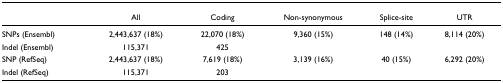
<table><thead><tr><td></td><td><b>All</b></td><td><b>Coding</b></td><td><b>Non-synonymous</b></td><td><b>Splice-site</b></td><td><b>UTR</b></td></tr></thead><tbody><tr><td>SNPs (Ensembl)</td><td>2,443,637 (18%)</td><td>22,070 (18%)</td><td>9,360 (15%)</td><td>148 (14%)</td><td>8,114 (20%)</td></tr><tr><td>Indel (Ensembl)</td><td>115,371</td><td>425</td><td></td><td></td><td></td></tr><tr><td>SNP (RefSeq)</td><td>2,443,637 (18%)</td><td>7,619 (18%)</td><td>3,139 (16%)</td><td>40 (15%)</td><td>6,292 (20%)</td></tr><tr><td>Indel (RefSeq)</td><td>115,371</td><td>203</td><td></td><td></td><td></td></tr></tbody></table>